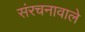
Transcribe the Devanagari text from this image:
संरचनावाले